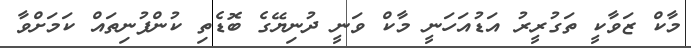
މާކް ޒަވާކީ ތަގުރީރު އަޑުއަހަނީ މާކް ވަނީ ދުނިޔޭގެ ބޮޑެތި ކުންފުނިތައް ކަމަށްވާ